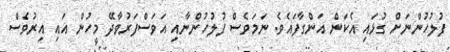
ފުލުހުންނަށް ގުޅައި އެކަން އަންގާފައެވެ. ނަމަވެސް ފުލުހުންނާއި އަވަސްފަރުވާދޭ މީހުން އައި އިރުވެސް